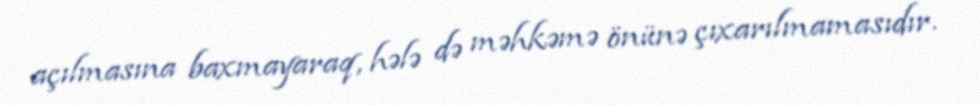
açılmasına baxmayaraq, hələ də məhkəmə önünə çıxarılmamasıdır.